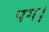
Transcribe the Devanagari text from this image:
पग।